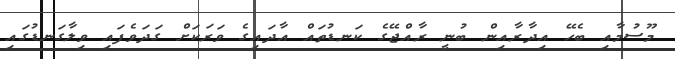
މޫސުމާއި ބެހޭ އިދާރާއިން ބުނީ ރާއްޖޭގެ ކަނޑުތައް އާދައިގެ ވަރަކަށް ގަދަވެފައި ވިލާގަނޑުގައި